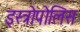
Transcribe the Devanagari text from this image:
इस्त्रोपोलिस